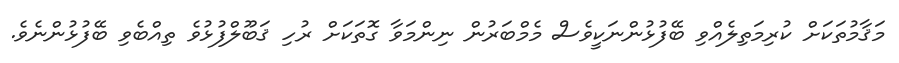
މަޤާމުތަކަށް ކުރިމަތިލެއްވި ބޭފުޅުންނަކީވެސް މެމްބަރުން ނިންމަވާ ގޮތަކަށް ރުހި ޤަބޫލްފުޅުވެ ތިއްބެވި ބޭފުޅުންނެވެ.